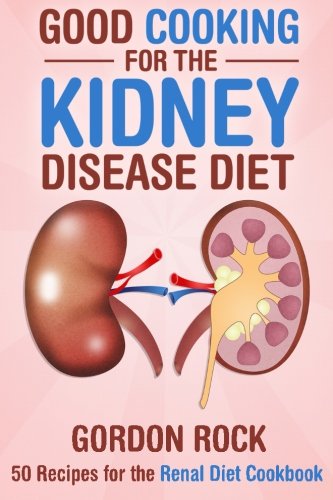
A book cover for Good Cooking for the Kidney Disease Diet: 50 Recipes for the Renal Diet Cookbook; Gordon Rock; Cookbooks, Food & Wine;